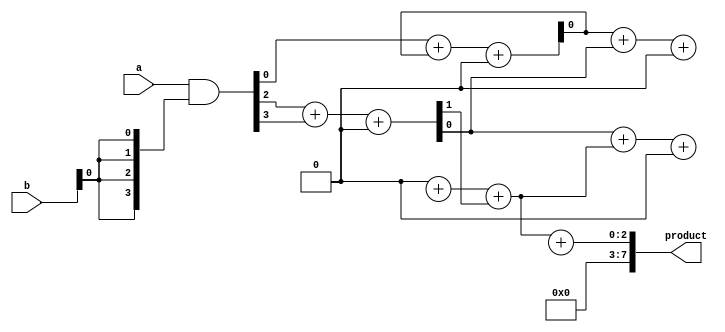
module unfolded_wallace_tree_multiplier #(parameter N = 4) (
    input  wire [N-1:0] a,       // First multiplicand
    input  wire [N-1:0] b,       // Second multiplicand
    output reg  [2*N-1:0] product // Product output
);

    // Generate partial products
    wire [N-1:0] pp[N-1:0]; // Partial products
    genvar i, j;
    generate
        for (i = 0; i < N; i = i + 1) begin : pp_gen
            assign pp[i] = a & {N{b[i]}}; // ANDing each bit of 'b' with 'a'
        end
    endgenerate

    // Reduction tree to combine partial products
    wire [N-1:0] sum [N:0];   // Sum outputs
    wire [N-1:0] carry [N:0]; // Carry outputs

    // Initialize the first level of the tree with partial products
    assign sum[0] = pp[0];
    assign carry[0] = {N{1'b0}}; // Initial carry is zero

    // Stage 1: Combine partial products using half and full adders
    generate
        for (i = 0; i < N-1; i = i + 1) begin : reduction_stage1
            if (i % 2 == 0) begin
                // Use full adders for pairs of sums and carries
                assign {carry[1][i/2], sum[1][i/2]} = sum[0][i] + sum[0][i+1] + carry[0][i/2];
            end else begin
                assign sum[1][i/2] = sum[0][i];
                assign carry[1][i/2] = carry[0][i/2];
            end
        end
    endgenerate

    // Repeat the reduction for further stages
    generate
        for (j = 2; j <= N; j = j + 1) begin : reduction_stages
            for (i = 0; i < (N-j+1); i = i + 1) begin
                if (i % 2 == 0) begin
                    assign {carry[j][i/2], sum[j][i/2]} = sum[j-1][i] + sum[j-1][i+1] + carry[j-1][i/2];
                end else begin
                    assign sum[j][i/2] = sum[j-1][i];
                    assign carry[j][i/2] = carry[j-1][i/2];
                end
            end
        end
    endgenerate

    // Final stage to produce the product
    always @(*) begin
        product = {carry[N-1][0], sum[N-1][0]} + {carry[N-1][1], sum[N-1][1]};
    end

endmodule